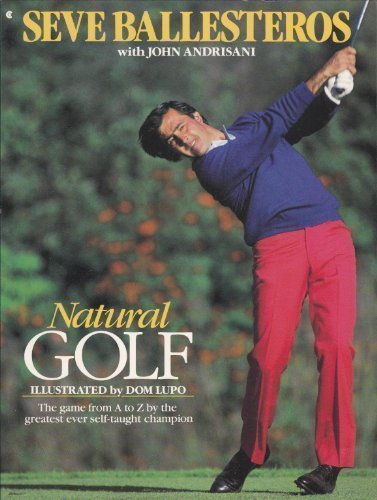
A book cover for Natural Golf; Seve Ballesteros; Sports & Outdoors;